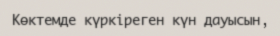
Көктемде күркіреген күн дауысын,